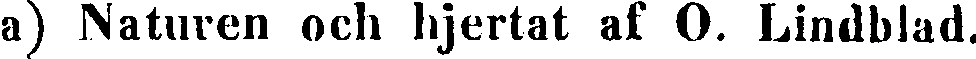
a) Naturen och hjertat af O. Lindblad.